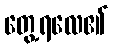
တွေ့ရလေ၏